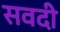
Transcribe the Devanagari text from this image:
सवदी